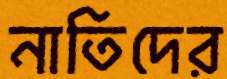
নাতিদের